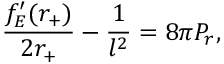
\frac { f _ { E } ^ { \prime } ( r _ { + } ) } { 2 r _ { + } } - \frac { 1 } { l ^ { 2 } } = 8 \pi P _ { r } ,